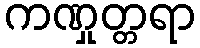
ကဏှုတ္တရာ